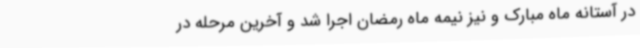
در آستانه ماه مبارک و نیز نیمه ماه رمضان اجرا شد و آخرین مرحله در